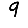
Digit: 9